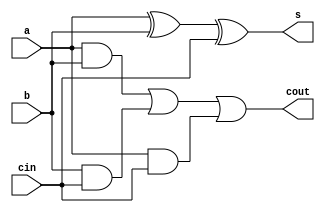
module fa(input a,b,cin, output s,cout);
	assign s = a^b^cin;
	assign cout = a&&b || b&&cin || a&&cin;
endmodule